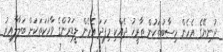
ދުނިޔޭގެ އެހެން ހިސާބުތަކުން ތާރީޚު ދެއްކި މިފަދަ އެހެން ލީޑަރުންގެ ވާހަކަތަކަށް ބަލާލާއިރު